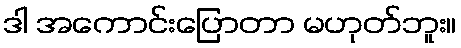
ဒါ အကောင်းပြောတာ မဟုတ်ဘူး။